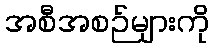
အစီအစဉ်များကို